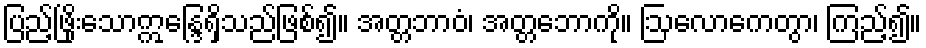
ပြည့်ဖြိုးသောဣန္ဒြေရှိသည်ဖြစ်၍။ အတ္တဘာဝံ၊ အတ္တဘောကို။ ဩလောကေတွာ၊ ကြည့်၍။